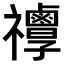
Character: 𥜯